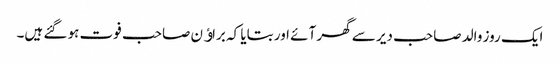
ایک روز والد صاحب دیر سے گھر آئے اور بتایا کہ براﺅن صاحب فوت ہو گئے ہیں۔